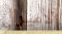
الأميرال